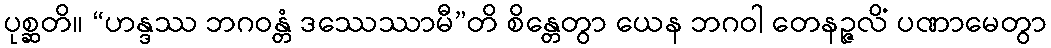
ပုစ္ဆတိ။ “ဟန္ဒဿ ဘဂဝန္တံ ဒဿေဿာမီ”တိ စိန္တေတွာ ယေန ဘဂဝါ တေနဉ္ဇလိံ ပဏာမေတွာ